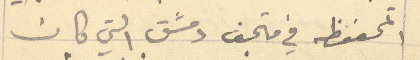
المحفوظه في متحف دمشق التي كان